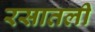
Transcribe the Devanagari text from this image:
रसातली